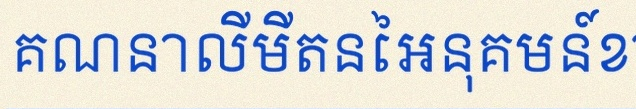
គណនាលីមីតនៃអនុគមន៍ខាងក្រោម